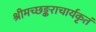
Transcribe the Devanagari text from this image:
श्रीमच्छङ्कराचार्यकृतं